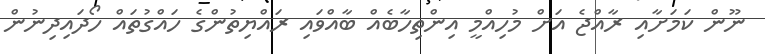
ނޫން ކަމަށާއި ރާއްޖެ އަށް މުހިއްމީ އިންތިހާބެއް ބާއްވައި ރައްޔިތުންގެ ހައްގުތައް ހޯދައިދިނުން